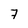
Character: 7